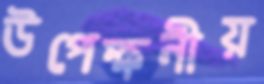
উপেক্ষনীয়